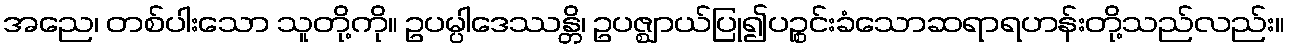
အညေ၊ တစ်ပါးသော သူတို့ကို။ ဥပမ္ပါဒေဿန္တိ၊ ဥပဇ္ဈာယ်ပြု၍ပဉ္စင်းခံသောဆရာရဟန်းတို့သည်လည်း။